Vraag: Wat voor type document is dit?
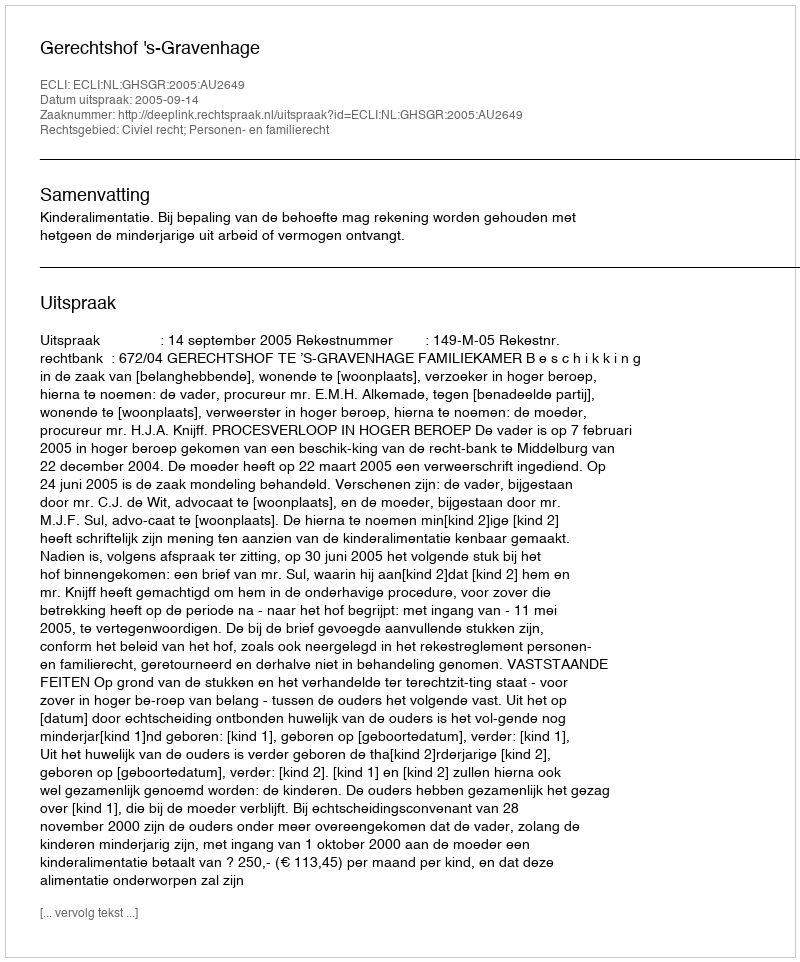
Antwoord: Uitspraak